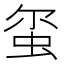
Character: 𫊱